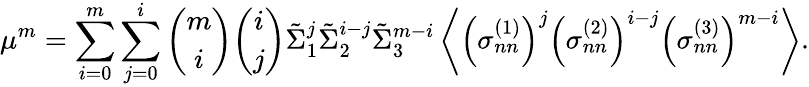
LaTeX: \mu^{m}=\sum_{i=0}^{m}\sum_{j=0}^{i}\binom{m}{i}\binom{i}{j}\tilde{\Sigma}_{1}^{j}\tilde{\Sigma}_{2}^{i-j}\tilde{\Sigma}_{3}^{m-i}\left\langle\left(\sigma_{nn}^{(1)}\right)^{j}\left(\sigma_{nn}^{(2)}\right)^{i-j}\left(\sigma_{nn}^{(3)}\right)^{m-i}\right\rangle.